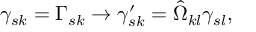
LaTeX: \gamma _ { s k } = \Gamma _ { s k } \rightarrow \gamma _ { s k } ^ { \prime } = \hat { \Omega } _ { k l } \gamma _ { s l } ,